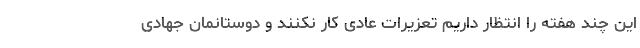
این چند هفته را انتظار داریم تعزیرات عادی کار نکنند و دوستانمان جهادی